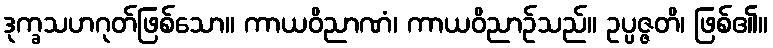
ဒုက္ခသဟဂုတ်ဖြစ်သော။ ကာယဝိညာဏံ၊ ကာယဝိညာဉ်သည်။ ဥပ္ပဇ္ဇတိ၊ ဖြစ်၏။